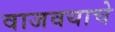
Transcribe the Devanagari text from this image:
वाजवयाचे